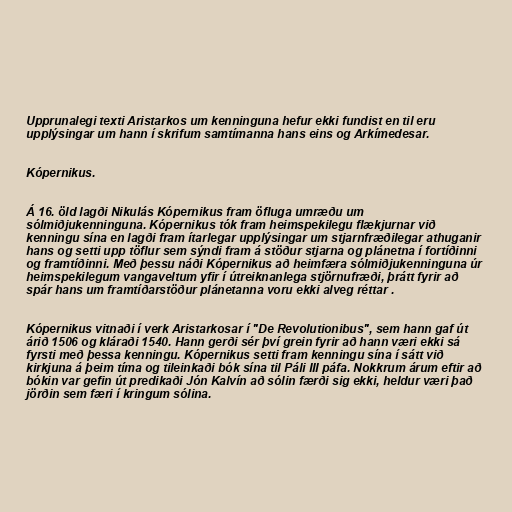
Upprunalegi texti Aristarkos um kenninguna hefur ekki fundist en til eru
upplýsingar um hann í skrifum samtímanna hans eins og Arkímedesar.

Kópernikus.

Á 16. öld lagði Nikulás Kópernikus fram öfluga umræðu um
sólmiðjukenninguna. Kópernikus tók fram heimspekilegu flækjurnar við
kenningu sína en lagði fram ítarlegar upplýsingar um stjarnfræðilegar athuganir
hans og setti upp töflur sem sýndi fram á stöður stjarna og plánetna í fortíðinni
og framtíðinni. Með þessu náði Kópernikus að heimfæra sólmiðjukenninguna úr
heimspekilegum vangaveltum yfir í útreiknanlega stjörnufræði, þrátt fyrir að
spár hans um framtíðarstöður plánetanna voru ekki alveg réttar .

Kópernikus vitnaði í verk Aristarkosar í "De Revolutionibus", sem hann gaf út
árið 1506 og kláraði 1540. Hann gerði sér því grein fyrir að hann væri ekki sá
fyrsti með þessa kenningu. Kópernikus setti fram kenningu sína í sátt við
kirkjuna á þeim tíma og tileinkaði bók sína til Páli III páfa. Nokkrum árum eftir að
bókin var gefin út predikaði Jón Kalvín að sólin færði sig ekki, heldur væri það
jörðin sem færi í kringum sólina.